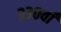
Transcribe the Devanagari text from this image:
३३०वाँ